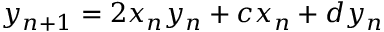
y _ { n + 1 } = 2 x _ { n } y _ { n } + c x _ { n } + d y _ { n }